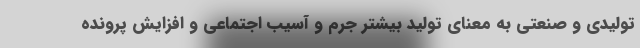
تولیدی و صنعتی به معنای تولید بیشتر جرم و آسیب اجتماعی و افزایش پرونده